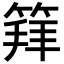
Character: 𥯟